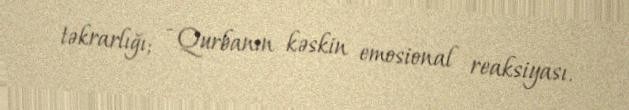
təkrarlığı; - Qurbanın kəskin emosional reaksiyası.